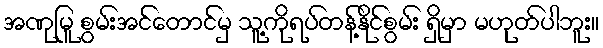
အဏုမြူ စွမ်းအင်တောင်မှ သူ့ကိုရပ်တန့်နိုင်စွမ်း ရှိမှာ မဟုတ်ပါဘူး။